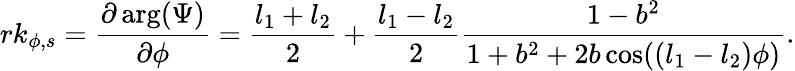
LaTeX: rk_{\phi,s}=\frac{\partial\arg(\Psi)}{\partial\phi}=\frac{l_{1}+l_{2}}{2}+\frac{l_{1}-l_{2}}{2}\frac{1-b^{2}}{1+b^{2}+2b\cos((l_{1}-l_{2})\phi)}.